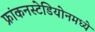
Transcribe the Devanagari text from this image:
फ्रांकनस्टेडियोनमध्ये